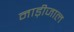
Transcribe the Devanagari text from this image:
नाड़ीजाल